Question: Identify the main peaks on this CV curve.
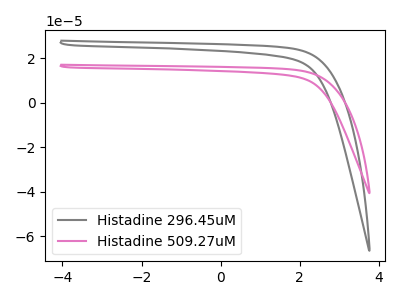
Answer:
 <answer>The gray curve "Histadine 296.45uM" has no peaks. The pink curve "Histadine 509.27uM" has no peaks.</answer>
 <eval></eval>